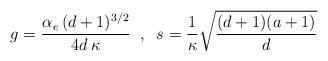
LaTeX: \begin{align*}g={\alpha_{e}\, (d+1)^{3/2} \over 4d\, \kappa} \;\; , \;\; s={1\over \kappa}{\sqrt {(d+1)(a+1)\over d}} \end{align*}